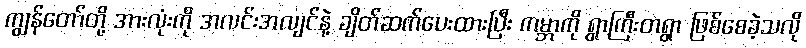
ကျွန်တော်တို့ အားလုံးကို အလင်းအလျင်နဲ့ ချိတ်ဆက်ပေးထားပြီး ကမ္ဘာကို ရွာကြီးတရွာ ဖြစ်စေခဲ့သလို